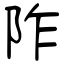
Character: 阼